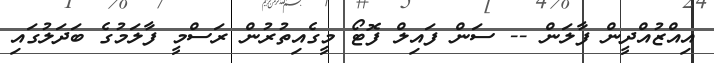
އިއްޒުއްދީން ފާލަން -- ސަން ފައިލް ފޮޓޯ މީގެއިތުރުން ރަސްމީ ފާލަމުގެ ބަދަލުގައި